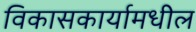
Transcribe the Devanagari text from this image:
विकासकार्यामधील